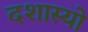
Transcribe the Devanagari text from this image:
दशास्यो